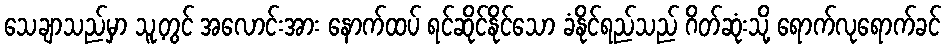
သေချာသည်မှာ သူ့တွင် အလောင်းအား နောက်ထပ် ရင်ဆိုင်နိုင်သော ခံနိုင်ရည်သည် ဂိတ်ဆုံးသို့ ရောက်လုရောက်ခင်